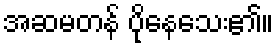
အဆမတန် ပိုနေသေး၏။